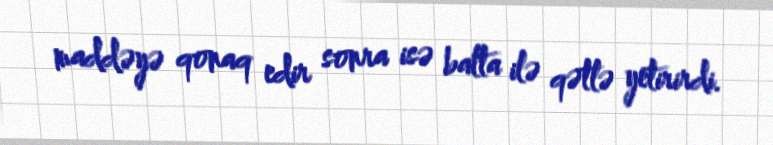
maddəyə qonaq edir sonra isə balta ilə qətlə yetirirdi.